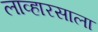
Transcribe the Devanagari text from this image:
लाव्हारसाला